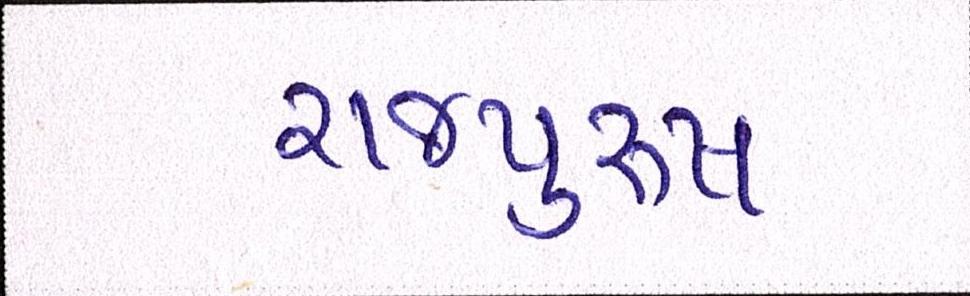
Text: રાજપુરુષ